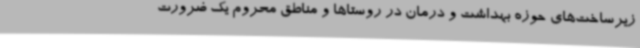
زیرساخت‌های حوزه بهداشت و درمان در روستاها و مناطق محروم یک ضرورت